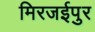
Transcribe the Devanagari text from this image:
मिरजईपुर